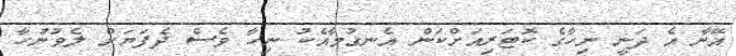
އޭނާ އެ ދަނީ ނިހާގެ ކޮޓަރިއަށްކަން އެނގުމާއެކު ނިހާ ވެސް ދެފަޔަށް ލެވުނުހާ